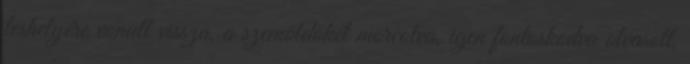
leshelyére vonult vissza, a szemöldökét morcolva, igen fontoskodva olvasott,